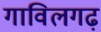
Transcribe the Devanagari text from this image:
गाविलगढ़